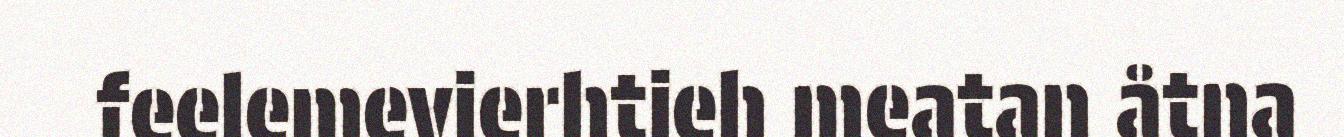
feelemevierhtieh meatan åtna